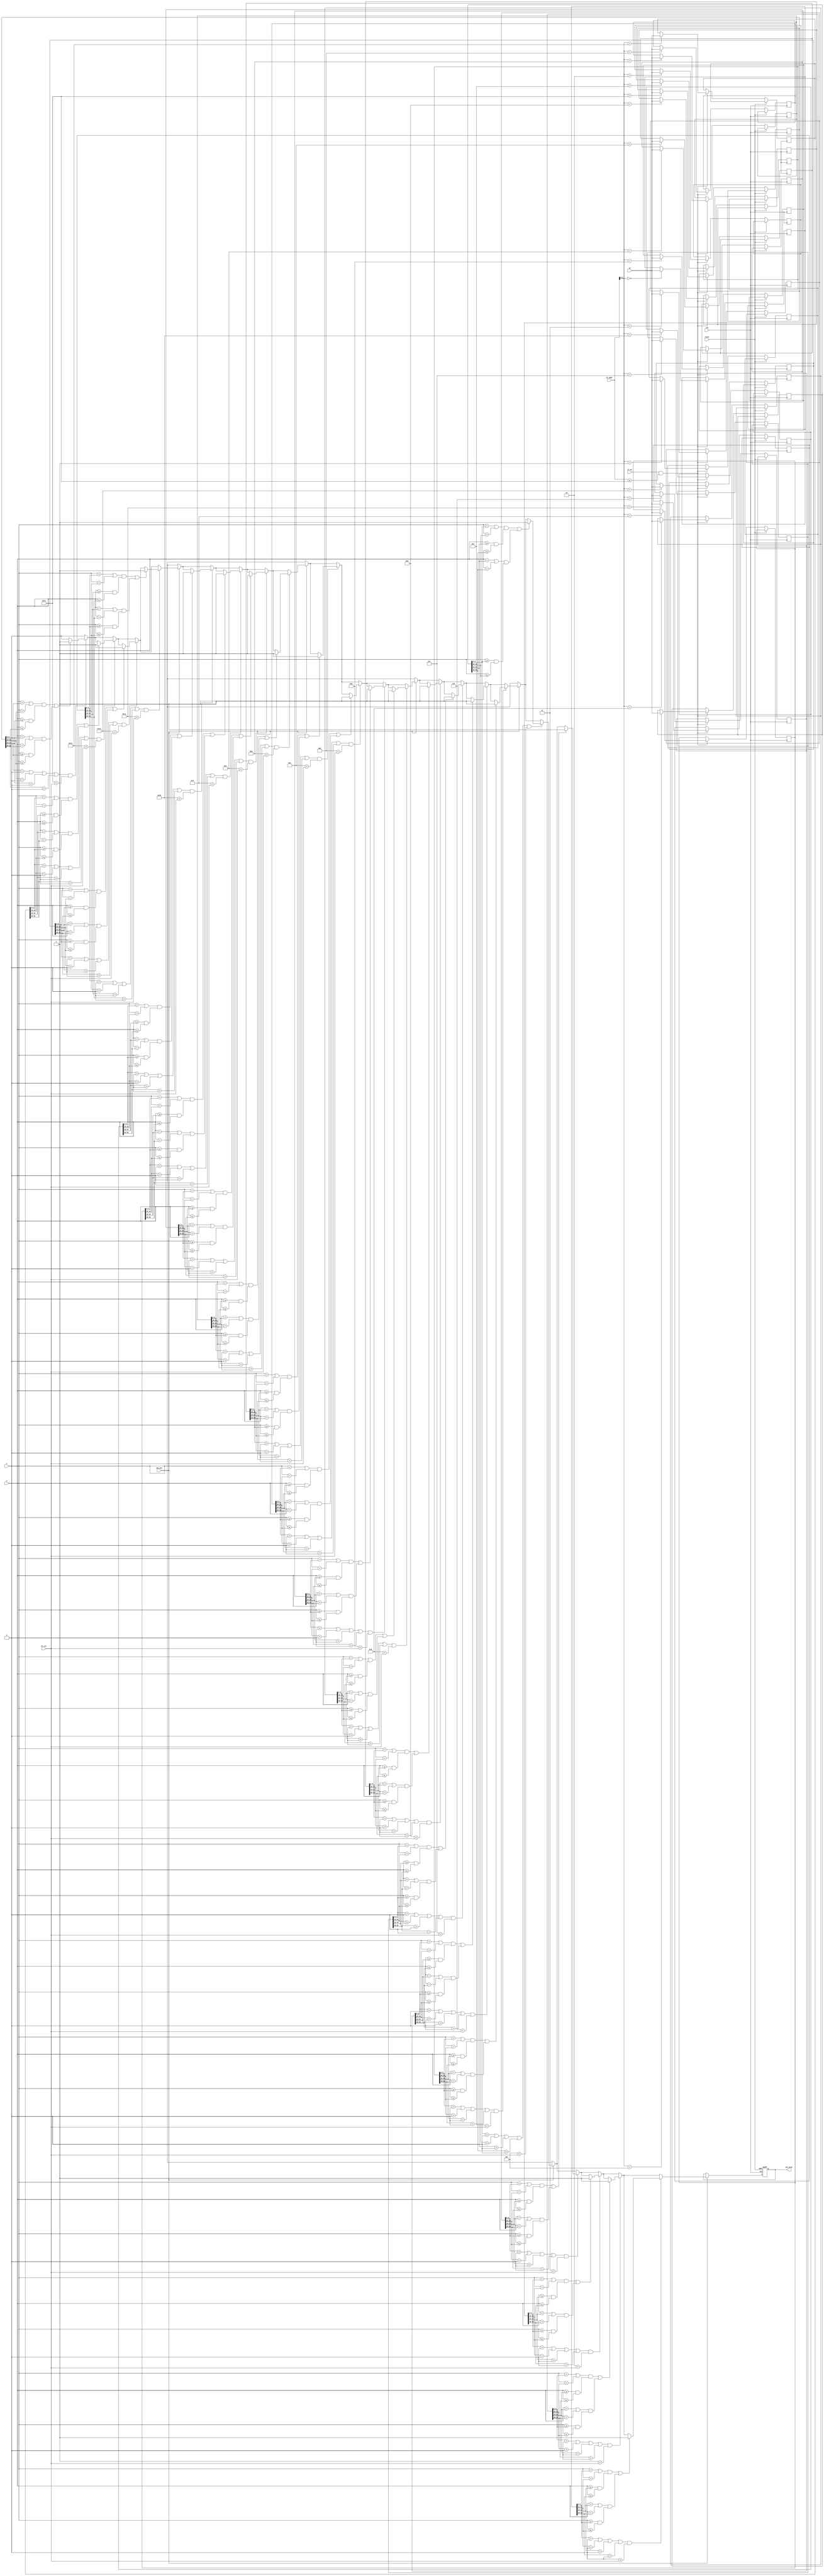
module BOX_DRAW_1(
	input wire clk,
	input  reset,	
	
	input wire new_pix,	
	input wire [39:0]xy,
	input wire [7:0]bl_addr,
	input wire bl_en,
	input wire [9:0]x,
	input wire [9:0]y,
	input wire [7:0]bl_cnt,
	
	output reg pix_draw
	);
parameter size = 20; 

reg [39:0] box [size:0];
reg [39:0] box_xy;
reg [9:0] x0;
reg [9:0] y0;
reg [9:0] xn;
reg [9:0] yn;	
integer n;
	
always @(posedge clk or posedge reset)
	if(reset) 
	begin
		pix_draw = 0;
//		for (n = size; n>0; n = n-1)
//		begin
//			box[n] <= 0;
//		end
	end 
	else begin
		// 
		
		if((bl_en == 1)&&(bl_addr <= size))
		begin
			box[bl_addr] <= xy;
		end
		
		//
		if(new_pix == 1)
		begin
		
			pix_draw = 0;
			for (n = size; n >= 0; n = n-1)
			begin
				box_xy = box[n];
				
				x0 = box_xy[9:0];
				y0 = box_xy[19:10];
				xn = box_xy[29:20];
				yn = box_xy[39:30];
				
				if(((x0 > 0)||(xn > 0)||(y0 > 0)||(yn > 0))&&
					(n < bl_cnt))
				begin
					if((((x == x0)||(x == xn))&&
						((y >= y0)&&(y <= yn)))|| 
						(((y == y0)||(y == yn))&&
						((x >= x0)&&(x <= xn))))
						
						pix_draw = 1;
				end
					
			end //for
		end
		
	end //else reset
endmodule